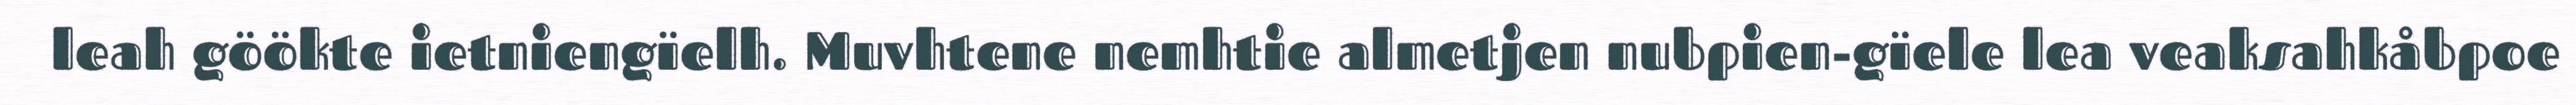
leah göökte ietniengïelh. Muvhtene nemhtie almetjen nubpien-gïele lea veaksahkåbpoe